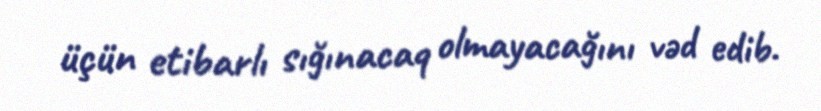
üçün etibarlı sığınacaq olmayacağını vəd edib.